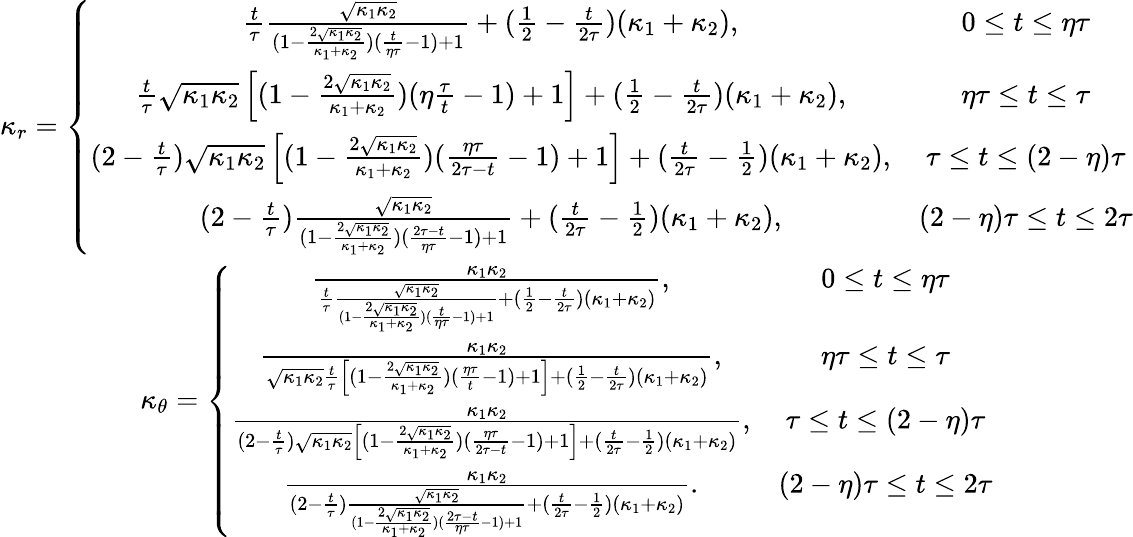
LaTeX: \begin{array}{cc}{\kappa_{r}=\left\lbrace\begin{array}{cc}{\frac{t}{\tau}\frac{\sqrt{\kappa_{1}\kappa_{2}}}{(1-\frac{2\sqrt{\kappa_{1}\kappa_{2}}}{\kappa_{1}+\kappa_{2}})(\frac{t}{\eta\tau}-1)+1}+(\frac{1}{2}-\frac{t}{2\tau})(\kappa_{1}+\kappa_{2}),}&{0\le t\le\eta\tau}\\ {\frac{t}{\tau}\sqrt{\kappa_{1}\kappa_{2}}\left[(1-\frac{2\sqrt{\kappa_{1}\kappa_{2}}}{\kappa_{1}+\kappa_{2}})(\eta\frac{\tau}{t}-1)+1\right]+(\frac{1}{2}-\frac{t}{2\tau})(\kappa_{1}+\kappa_{2}),}&{\eta\tau\le t\le\tau}\\ {(2-\frac{t}{\tau})\sqrt{\kappa_{1}\kappa_{2}}\left[(1-\frac{2\sqrt{\kappa_{1}\kappa_{2}}}{\kappa_{1}+\kappa_{2}})(\frac{\eta\tau}{2\tau-t}-1)+1\right]+(\frac{t}{2\tau}-\frac{1}{2})(\kappa_{1}+\kappa_{2}),}&{\tau\le t\le(2-\eta)\tau}\\ {(2-\frac{t}{\tau})\frac{\sqrt{\kappa_{1}\kappa_{2}}}{(1-\frac{2\sqrt{\kappa_{1}\kappa_{2}}}{\kappa_{1}+\kappa_{2}})(\frac{2\tau-t}{\eta\tau}-1)+1}+(\frac{t}{2\tau}-\frac{1}{2})(\kappa_{1}+\kappa_{2}),}&{(2-\eta)\tau\le t\le 2\tau}\end{array}\right.}\\ {\kappa_{\theta}=\left\lbrace\begin{array}{cc}{\frac{\kappa_{1}\kappa_{2}}{\frac{t}{\tau}\frac{\sqrt{\kappa_{1}\kappa_{2}}}{(1-\frac{2\sqrt{\kappa_{1}\kappa_{2}}}{\kappa_{1}+\kappa_{2}})(\frac{t}{\eta\tau}-1)+1}+(\frac{1}{2}-\frac{t}{2\tau})(\kappa_{1}+\kappa_{2})},}&{0\le t\le\eta\tau}\\ {\frac{\kappa_{1}\kappa_{2}}{\sqrt{\kappa_{1}\kappa_{2}}\frac{t}{\tau}\left[(1-\frac{2\sqrt{\kappa_{1}\kappa_{2}}}{\kappa_{1}+\kappa_{2}})(\frac{\eta\tau}{t}-1)+1\right]+(\frac{1}{2}-\frac{t}{2\tau})(\kappa_{1}+\kappa_{2})},}&{\eta\tau\le t\le\tau}\\ {\frac{\kappa_{1}\kappa_{2}}{(2-\frac{t}{\tau})\sqrt{\kappa_{1}\kappa_{2}}\left[(1-\frac{2\sqrt{\kappa_{1}\kappa_{2}}}{\kappa_{1}+\kappa_{2}})(\frac{\eta\tau}{2\tau-t}-1)+1\right]+(\frac{t}{2\tau}-\frac{1}{2})(\kappa_{1}+\kappa_{2})},}&{\tau\le t\le(2-\eta)\tau}\\ {\frac{\kappa_{1}\kappa_{2}}{(2-\frac{t}{\tau})\frac{\sqrt{\kappa_{1}\kappa_{2}}}{(1-\frac{2\sqrt{\kappa_{1}\kappa_{2}}}{\kappa_{1}+\kappa_{2}})(\frac{2\tau-t}{\eta\tau}-1)+1}+(\frac{t}{2\tau}-\frac{1}{2})(\kappa_{1}+\kappa_{2})}.}&{(2-\eta)\tau\le t\le 2\tau}\end{array}\right.}\end{array}